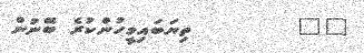
٣٧        ތިޔަބައިމީހުންކުރެ ބޭނުން